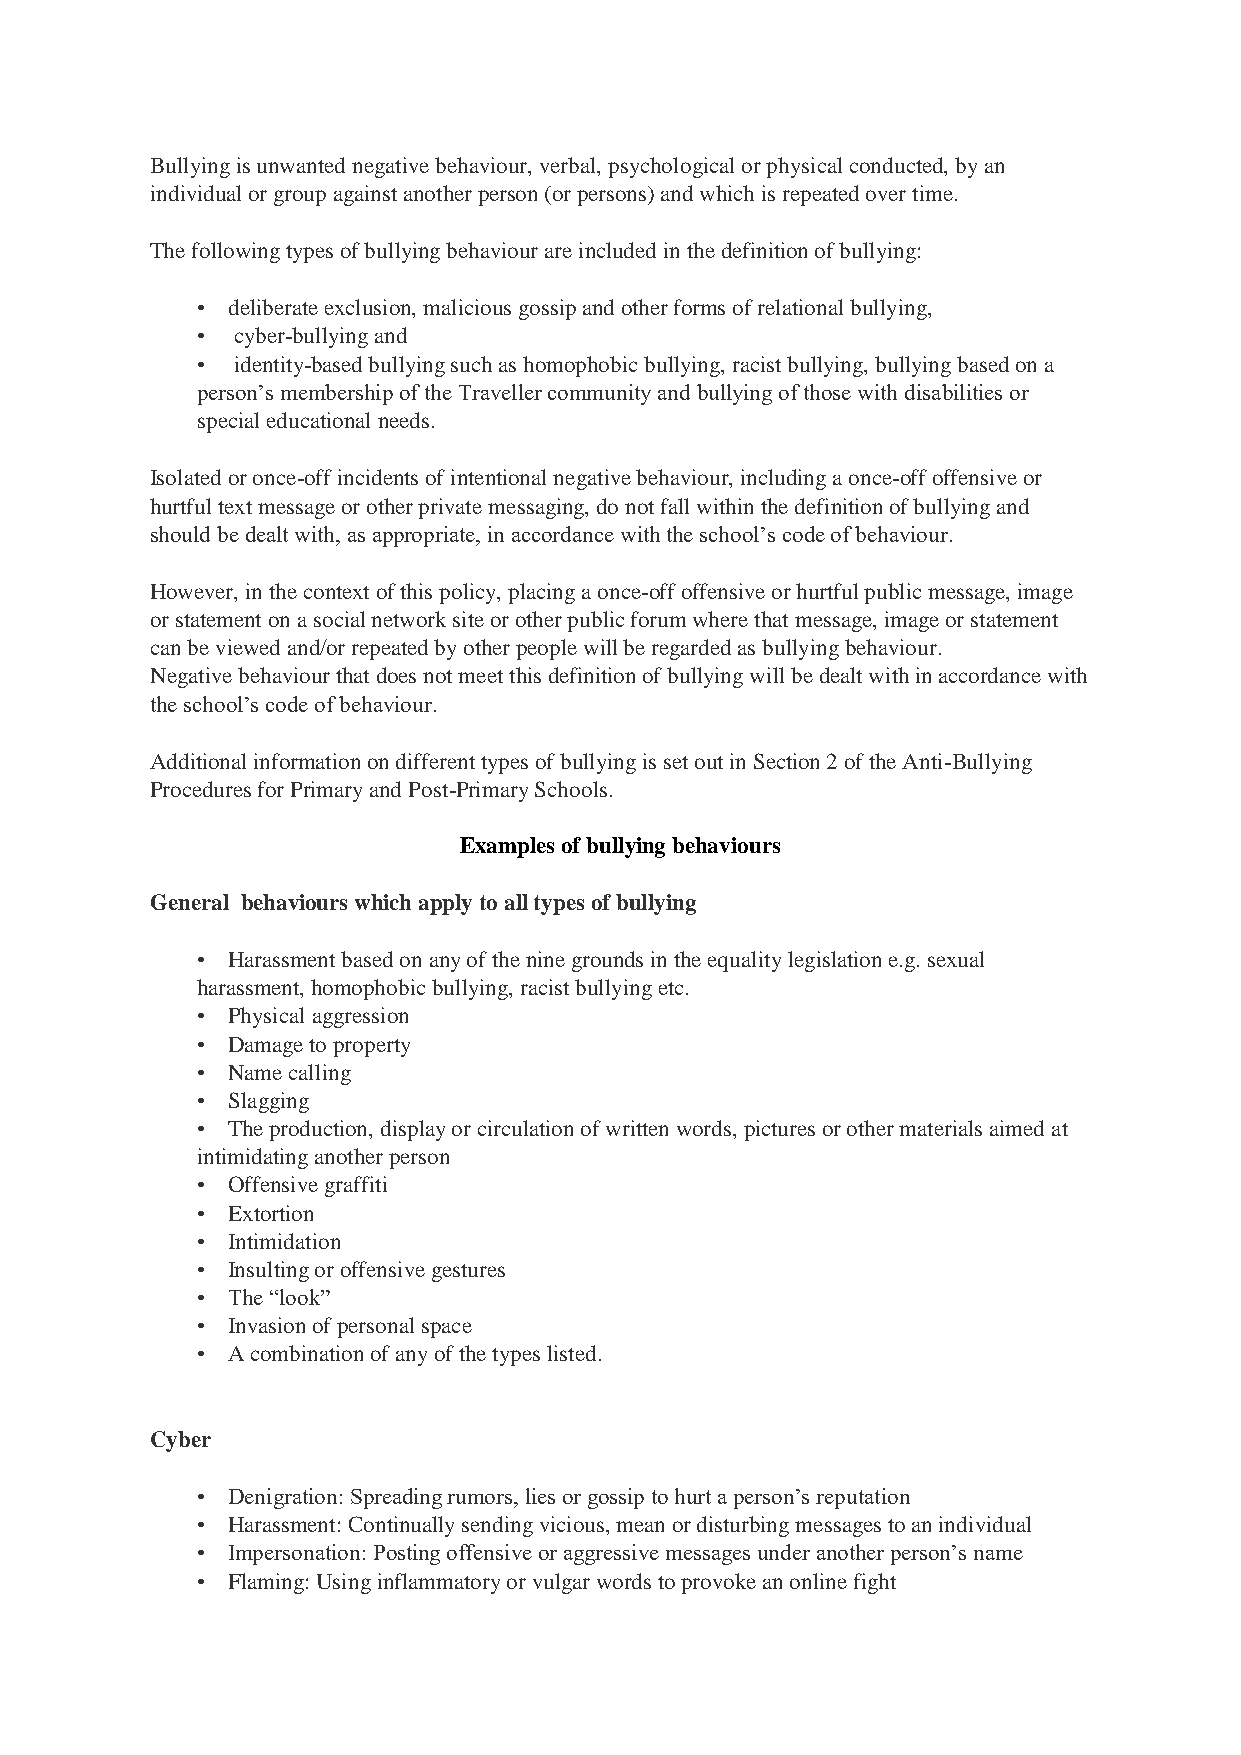
Bullying is unwanted negative behaviour, verbal, psychological or physical conducted, by an
 individual or group against another person (or persons) and which is repeated over time.
 The following types of bullying behaviour are included in the definition of bullying:
 • deliberate exclusion, malicious gossip and other forms of relational bullying,
 • cyber-bullying and
 • identity-based bullying such as homophobic bullying, racist bullying, bullying based on a
 person’s membership of the Traveller community and bullying of those with disabilities or
 special educational needs.
 Isolated or once-off incidents of intentional negative behaviour, including a once-off offensive or
 hurtful text message or other private messaging, do not fall within the definition of bullying and
 should be dealt with, as appropriate, in accordance with the school’s code of behaviour.
 However, in the context of this policy, placing a once-off offensive or hurtful public message, image
 or statement on a social network site or other public forum where that message, image or statement
 can be viewed and/or repeated by other people will be regarded as bullying behaviour.
 Negative behaviour that does not meet this definition of bullying will be dealt with in accordance with
 the school’s code of behaviour.
 Additional information on different types of bullying is set out in Section 2 of the Anti-Bullying
 Procedures for Primary and Post-Primary Schools.
 Examples of bullying behaviours
 General behaviours which apply to all types of bullying
 • Harassment based on any of the nine grounds in the equality legislation e.g. sexual
 harassment, homophobic bullying, racist bullying etc.
 • Physical aggression
 • Damage to property
 • Name calling
 • Slagging
 • The production, display or circulation of written words, pictures or other materials aimed at
 intimidating another person
 • Offensive graffiti
 • Extortion
 • Intimidation
 • Insulting or offensive gestures
 • The “look”
 • Invasion of personal space
 • A combination of any of the types listed.
 Cyber
 • Denigration: Spreading rumors, lies or gossip to hurt a person’s reputation
 • Harassment: Continually sending vicious, mean or disturbing messages to an individual
 • Impersonation: Posting offensive or aggressive messages under another person’s name
 • Flaming: Using inflammatory or vulgar words to provoke an online fight